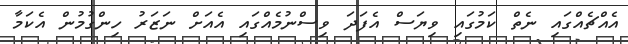
އެއްޗެއްގައި ނެތް ކަމުގައި ވިޔަސް އެފަދަ ވިސްނުމެއްގައި އެއަށް ނަޒަރު ހިންގުމުން އެކަމާ